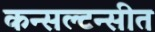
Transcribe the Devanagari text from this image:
कन्सल्टन्सीत